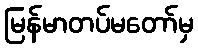
မြန်မာတပ်မတော်မှ